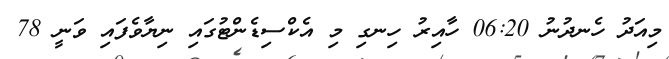
މިއަދު ހެނދުނު 06:20 ހާއިރު ހިނގި މި އެކްސިޑެންޓުގައި ނިޔާވެފައި ވަނީ 78